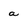
Character: a